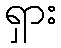
ရှား